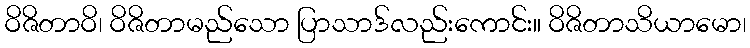
ဝိဇိတာဝိ၊ ဝိဇိတာမည်သော ပြာသာဒ်လည်းကောင်း။ ဝိဇိတာသိယာမော၊